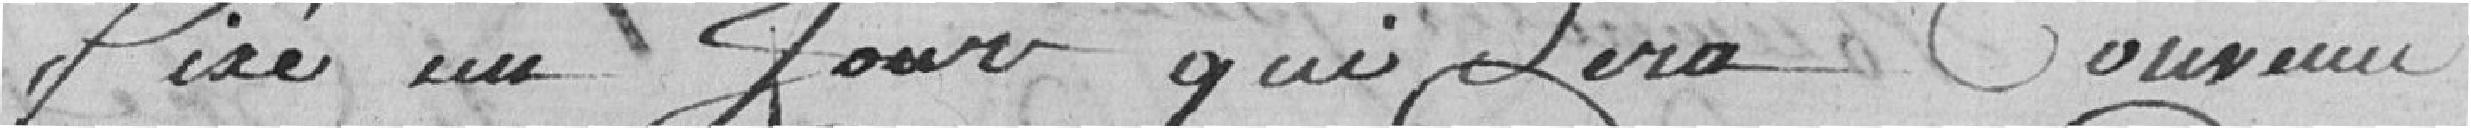
fixé un jour qui sera convenu